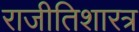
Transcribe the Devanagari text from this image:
राजीतिशारत्र